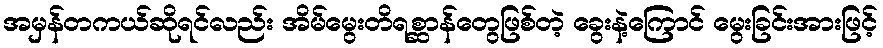
အမှန်တကယ်ဆိုရင်လည်း အိမ်မွေးတိရစ္ဆာန်တွေဖြစ်တဲ့ ခွေးနဲ့ကြောင် မွေးခြင်းအားဖြင့်